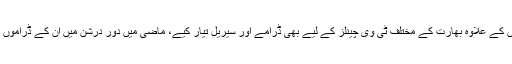
کندن شاہ نے فلموں کے علاوہ بھارت کے مختلف ٹی وی چینلز کے لیے بھی ڈرامے اور سیریل تیار کیے، ماضی میں دور درشن میں ان کے ڈراموں کو بہت سراہا گیا۔